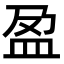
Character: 盈